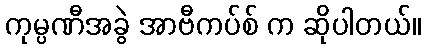
ကုမ္ပဏီအခွဲ အာဗီကပ်စ် က ဆိုပါတယ်။